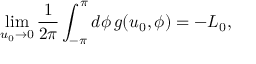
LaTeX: \operatorname * { l i m } _ { u _ { 0 } \rightarrow 0 } \frac { 1 } { 2 \pi } \int _ { - \pi } ^ { \pi } d \phi \, g ( u _ { 0 } , \phi ) = - L _ { 0 } ,